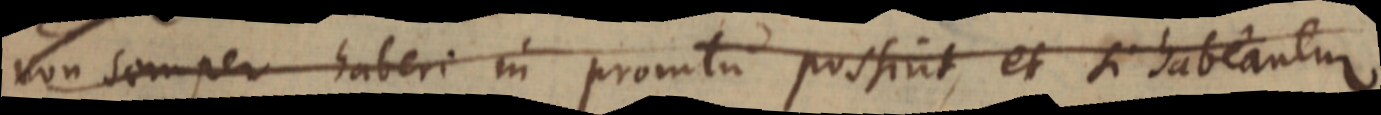
non semper haberi in promtu possint, et si habeantur